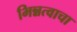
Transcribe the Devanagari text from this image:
भिन्नत्वाचा